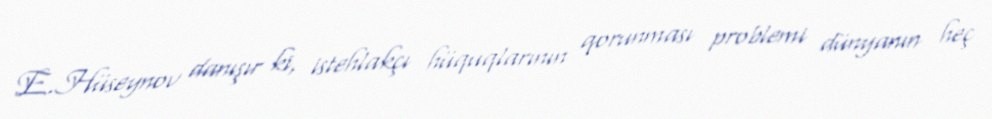
E.Hüseynov danışır ki, istehlakçı hüquqlarının qorunması problemi dünyanın heç